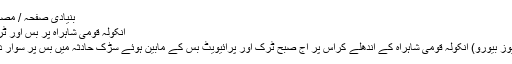
بنیادی صفحہ / مصنف کی تحاریر : Fristen Dias
انکولہ قومی شاہراہ پر بس اور ٹرک کی ٹکر؛ 10/افراد شدیدزخمی
انکولہ: 14 جون، 19 (بھٹکلیس نیوز بیورو) انکولہ قومی شاہراہ کے اندھلے کراس پر آج صبح ٹرک اور پرائیویٹ بس کے مابین ہوئے سڑک حادثہ میں بس پر سوار دس مسافر شدید زخمی ہوگئے ہیں۔